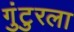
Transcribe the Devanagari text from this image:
गुंटुरला